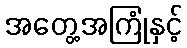
အတွေ့အကြုံနှင့်